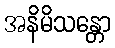
အနိမိသန္တော